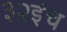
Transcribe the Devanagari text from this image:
३२इंच